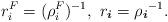
LaTeX: \begin{align*} r_i^F = (\rho_i^F)^{-1}, \ r_{ \boldsymbol{i} } = {\rho_{ \boldsymbol{i} }}^{-1}.\end{align*}